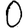
Digit: 0